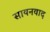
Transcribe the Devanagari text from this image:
सायनवाद